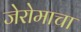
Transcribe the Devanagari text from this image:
जेरोमाचा